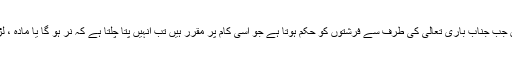
اسے بھی صرف اللہ ہی جانتا ہے ہاں جب جناب باری تعالیٰ کی طرف سے فرشتوں کو حکم ہوتا ہے جو اسی کام پر مقرر ہیں تب انہیں پتا چلتا ہے کہ نر ہو گا یا مادہ ، لڑکا ہو گا یا لڑکی ، نیک ہو گا یا بد ؟